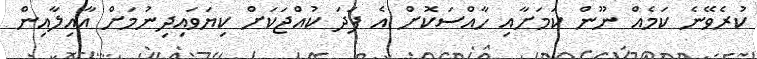
ކުރެވޭނެ ކަމެއް ނޫން ކަމަށާއި ހާއްސަކޮށް އެ ފަދަ ކުއްޖަކަށް ކިޔަވައިދިނުމަށް އާއިލާއިން